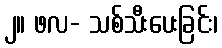
၂။ ဖလ- သစ်သီးပေးခြင်း၊